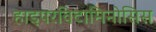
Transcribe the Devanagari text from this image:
हाइपरविटामिनोसिस